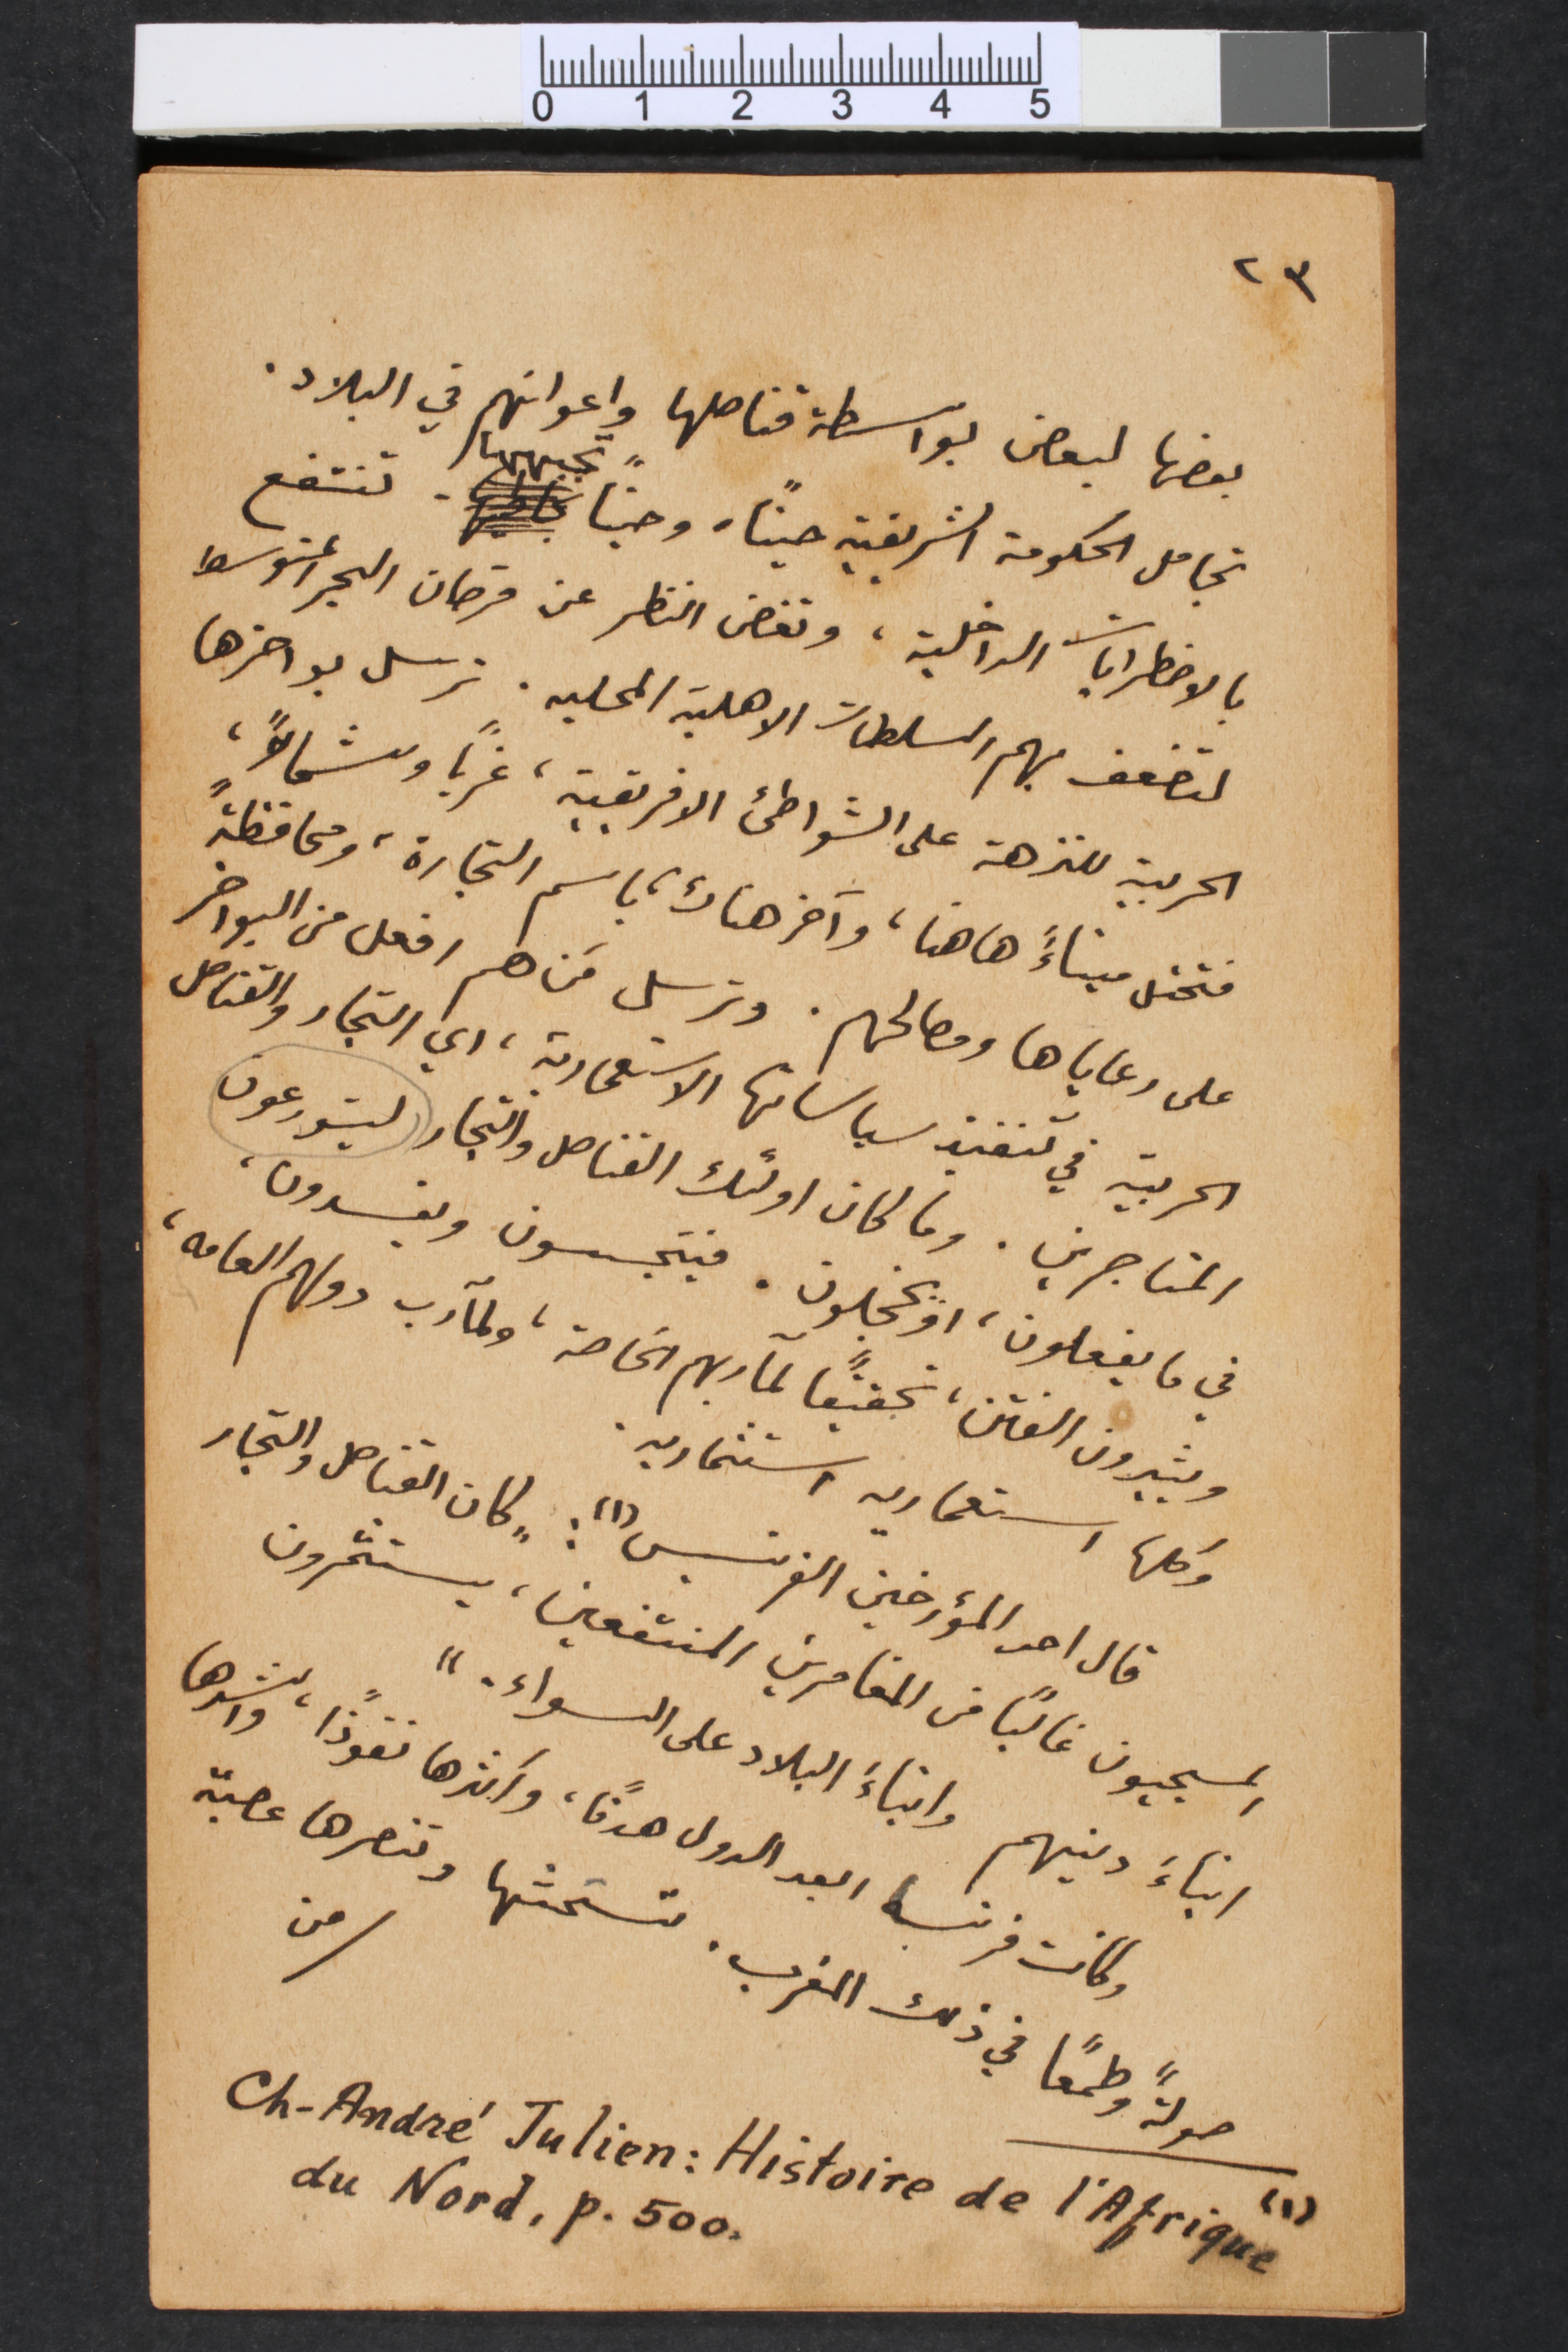
٢٣
بعضها لبعض بواسطة قناصلها واعوانهم في البلاد.
تجامل الحكومة الشريفية حيناً. وحيناً تجبهها. تنتفع
بالاضطرابات الداخلية، وتغض النظر عن قرصان البحر المتوسط
لتضعف بهم السلطات الاهلية المحليه. ترسل بواخرها
الحربية للنزهة على الشواطىء الافريقية، غرباً وشمالاً،
فتحتل ميناءً ها هنا، وآخر هناك، باسم التجارة، ومحافظةً
على رعاياها ومصالحهم. وترسل مَن هم افعل من البواخر
الحربية في تنفيذ سياساتها الاستعمارية، اي التجار والقناصل
المتاجرين. وما كان اولئك القناصل والتجار ليتورعون
في ما يفعلون، او يخجلون. فيتجسسون ويفسدون،
ويثيرون الفتن، تحقيقاً لمآربهم الخاصة، ولمآرب دولهم العامه،
وكلها استعماريه استثماريه.
قال احد المؤرخين الفرنسيس(١): "كان القناصل والتجار
المسيحيون غالباً من المغامرين المنتفعين، يستثمرون
ابناءَ دينهم وابناءَ البلاد على السواء."
وكانت فرنسا ابعد الدول هدفاً، واكثرها نفوذاً واكثرها نفوذاً، واشدها
صولةً  وطمعاً في ذلك المغرب. تستحثها وتنصرها عصبة
من
(1) Ch-André Julien: Histoire de l’Afrique
du Nord, P. 500.